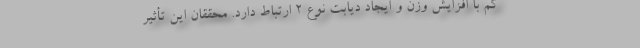
کم با افزایش وزن و ایجاد دیابت نوع ۲ ارتباط دارد. محققان این تأثیر